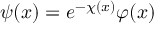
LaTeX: \psi ( x ) = e ^ { - \chi ( x ) } \varphi ( x )